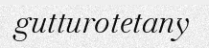
gutturotetany